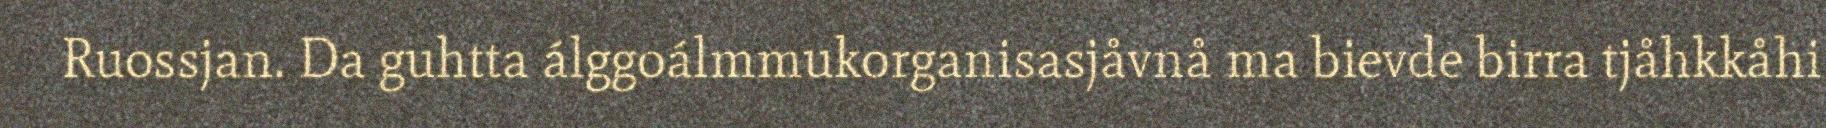
Ruossjan. Da guhtta álggoálmmukorganisasjåvnå ma bievde birra tjåhkkåhi